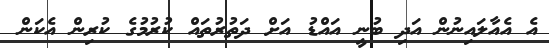
އެ އެއާލައިނުން އަދި ބުނީ އައްޑު އަށް ދަތުރުތައް ކުރުމުގެ ކުރިން އެކަން